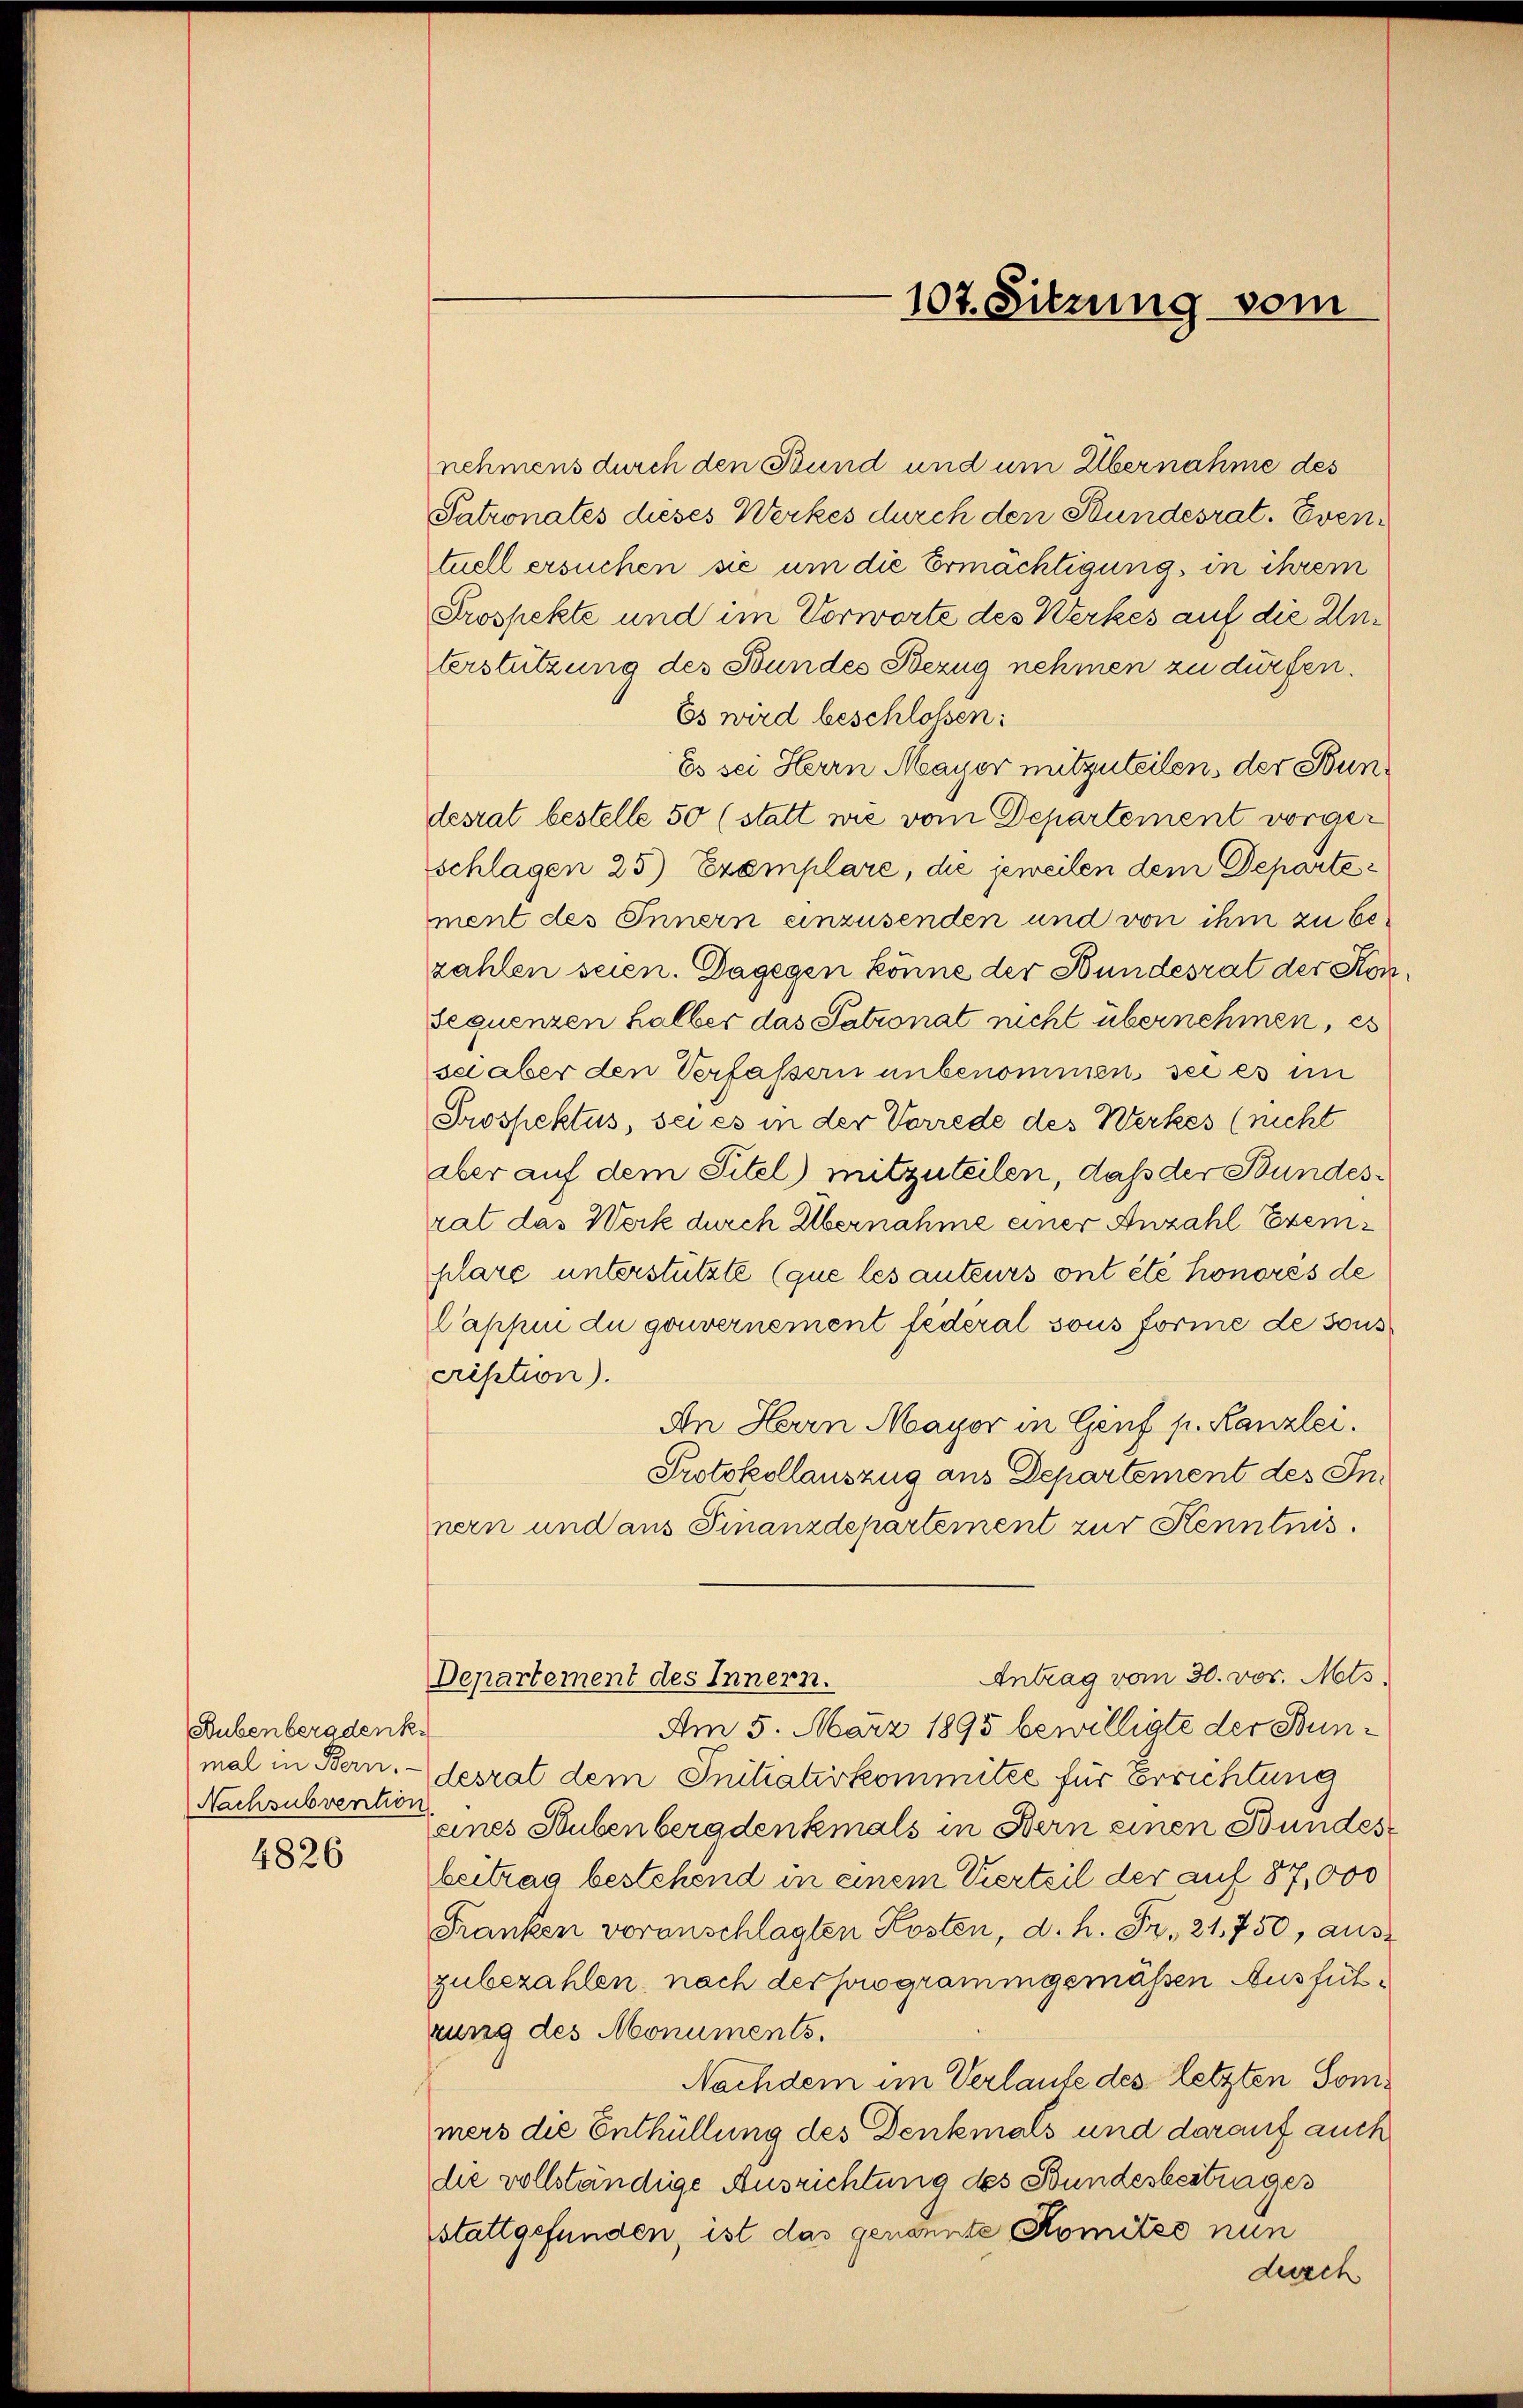
Bubenberadenke
Nachsubvention

4826

nehmens durch den Bund und um Übernahme des
Patronates dieses Werkes durch den Bundesrat. Eventuell ersuchen sie um die Ermächtigung, in ihrem
Prospekte und im Vorworte des Werkes auf die Unterstützung des Bundes Bezug nehmen zu dürfen.
Es wird beschlossen:
Es sei Herrn Mayer mitzuteilen, der Bundesrat bestelle 50 (statt wie vom Departement vorgeschlagen 25 Exemplare, die jeweilen dem Departement des Innern einzusenden und von ihm zu bezahlen seien. Dagegen könne der Bundesrat der Kon
Sequenzen halber das Patronat nicht übernehmen, es
sei aber den Verfassern unbenommen, sei es im
Prospektus, sei es in der Vorrede des Werkes (nicht
aber auf dem Titel) mitzuteilen, daß der Bundesrat das Werk durch Übernahme einer Anzahl Exemplare unterstützte (que les auteurs ont été honores de
Pappui du gouvernement federal sous forme de sous
cription).
An Herrn Mayor in Genf p. Kanzlei.
Protokollauszug aus Departement des Innern und aus Finanzdepartement zur Kenntnis.
Antrag vom 30. vor. Mts.
Departement des Innern.
Am 5. März 1895 bewilligte der Bunmal in Bern. - desrat dem Initiativkommitte für Errichtung
eines Hubenbergdenkmals in Bern einen Bundesbeitrag bestehend in einem Vierteil der auf 87,000
Franken voranschlagten Kosten, d. h. Fr. 21,750, auszubezahlen, nach der programmgemäßen Ausführung des Monuments.
Nachdem im Verlaufe des letzten Sommers die Enthüllung des Denkmals und darauf auch
die vollständige Ausrichtung des Bundesbestrages
stattgefunden, ist das genannte Komitze nun

107. Sitzung vom

durch